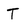
Character: T